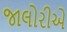
જાલોરીએ